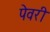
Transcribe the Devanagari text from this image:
पेवरी